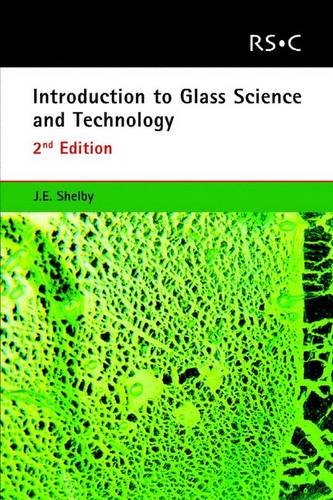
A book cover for Introduction to Glass Science and Technology: RSC (RSC Paperbacks); James E Shelby; Science & Math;